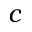
c